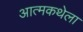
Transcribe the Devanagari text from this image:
आत्मकथेला